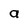
Character: a